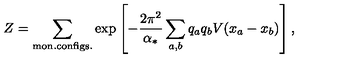
Z = \sum _ { \mathrm { m o n . c o n f i g s . } } \exp \left[ - \frac { 2 \pi ^ { 2 } } { \alpha _ { * } } \sum _ { a , b } q _ { a } q _ { b } V ( x _ { a } - x _ { b } ) \right] ,